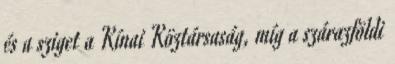
és a sziget a Kínai Köztársaság, míg a szárazföldi